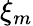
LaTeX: \xi_{m}